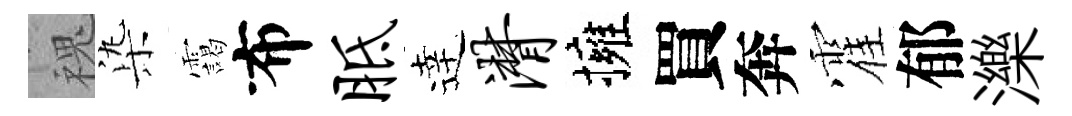
槐𣑱靄布胝逹潸擁買奔霍郁濼